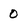
Character: 0